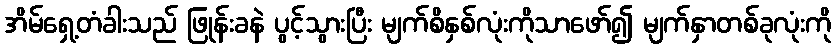
အိမ်ရှေ့တံခါးသည် ဖြုန်းခနဲ ပွင့်သွားပြီး မျက်စိနှစ်လုံးကိုသာဖော်၍ မျက်နှာတစ်ခုလုံးကို